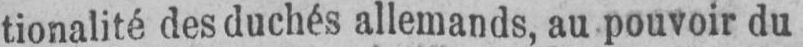
tionalité des duchés allemands, au pouvoir du